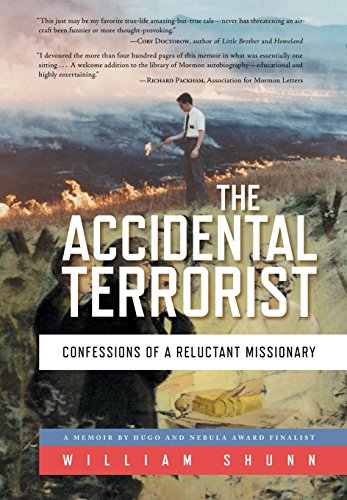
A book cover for The Accidental Terrorist: Confessions of a Reluctant Missionary; William Shunn; Biographies & Memoirs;